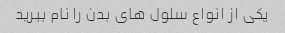
یکی از انواع سلول های بدن را نام ببرید